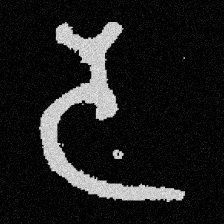
Pyu character \u2014 Myanmar letter: ဒ (romanized: da)